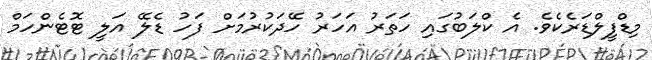
މިޑްފީލްޑަރެކެވެ. އެ ކްލަބުގައި ހަތަރު އަހަރު ހޭދަކުރުމަށް ފަހު ޑެލޭ އަލީ ޓޮޓެންހަމް